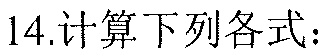
14.计算下列各式：